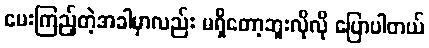
မေးကြည့်တဲ့အခါမှာလည်း မရှိတော့ဘူးလိုလို ပြောပါတယ်